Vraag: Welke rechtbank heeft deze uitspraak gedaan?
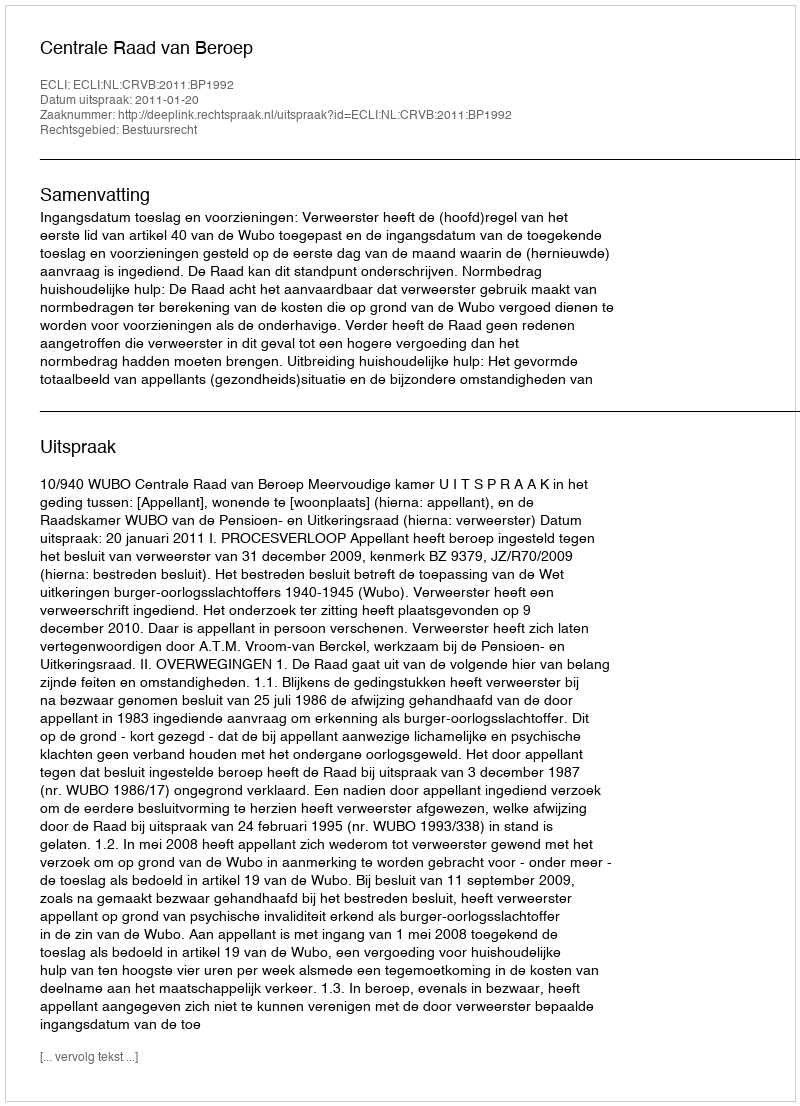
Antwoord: Centrale Raad van Beroep